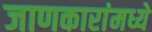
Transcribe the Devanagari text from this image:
जाणकारांमध्ये